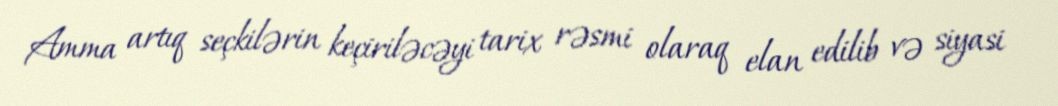
Amma artıq seçkilərin keçiriləcəyi tarix rəsmi olaraq elan edilib və siyasi